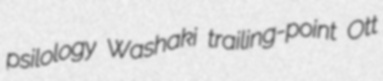
psilology Washaki trailing-point Ott